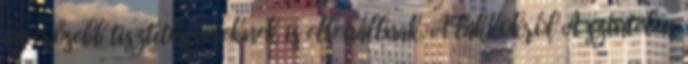
az erősebb tisztítószereknek is ellenállnak. A lakkokról A színtelen